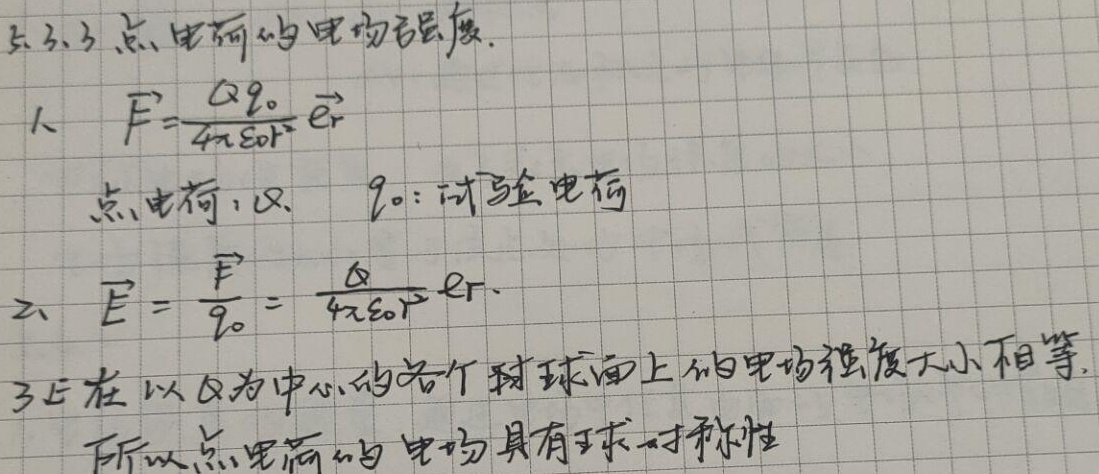
点3.3 点电荷的电场强度
1、\(\vec{F}=\frac{Qq_{0}}{4\pi \varepsilon_{0}r^{2}}\vec{e_{r}}\)，其中点电荷为\(Q\)，\(q_{0}\)为试验电荷。
2、\(\vec{E}=\frac{\vec{F}}{q_{0}}=\frac{Q}{4\pi \varepsilon_{0}r^{2}}\vec{e_{r}}\)
3、在以\(Q\)为中心的各个球球面上的电场强度大小相等，所以点电荷的电场具有球对称性。